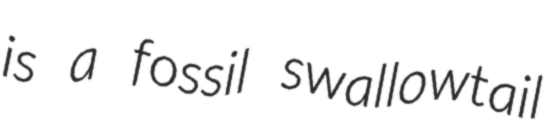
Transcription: is a fossil swallowtail